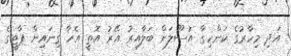
އަދި މިހާރުގެ ކަންހިގާ އުސޫލަށް ބަލާއިރު އޭރު އޮތީ އެހާ ގިނައިން ޕާޓީގެ